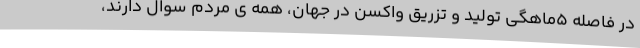
در فاصله ۵ماهگی تولید و تزریق واکسن در جهان، همه ی مردم سوال دارند،